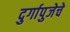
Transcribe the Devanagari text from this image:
दुर्गापुजेचे